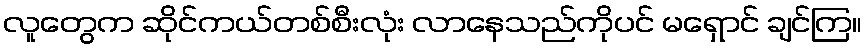
လူတွေက ဆိုင်ကယ်တစ်စီးလုံး လာနေသည်ကိုပင် မရှောင် ချင်ကြ။